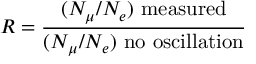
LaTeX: R = { \frac { ( N _ { \mu } / N _ { e } ) \mathrm { ~ m e a s u r e d } } { ( N _ { \mu } / N _ { e } ) \mathrm { ~ n o ~ o s c i l l a t i o n } } }